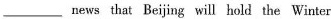
___news that Beijing will hold the Winter